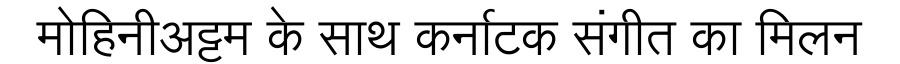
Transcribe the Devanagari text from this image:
मोहिनीअट्टम के साथ कर्नाटक संगीत का मिलन